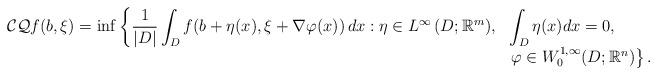
LaTeX: \begin{align*}\begin{array}{ll}{\cal CQ}f(b,\xi)=\inf \left\{\displaystyle{\frac{1}{|D|}\int_{D}f(b+\eta(x),\xi+\nabla\varphi(x))\,dx:} \right.\displaystyle{\eta\in L^{\infty}\left( D;\mathbb{R}^{m}\right)} ,&\displaystyle{\int_{D}\eta(x) dx=0,} \\&\left. \varphi\in W_{0}^{1,\infty}(D;\mathbb{R}^{n}) \right\} .\end{array}\end{align*}